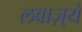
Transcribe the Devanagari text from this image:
लवाज़्ये